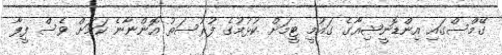
ގޭމްސްގައި އިންޑޮނީޝިއާގެ ގައުމީ ޓީމަށް ކުޅުމުގެ ފުރުސަތު އޮންނާނެ ކަމަށް ވެސް ފީފާ